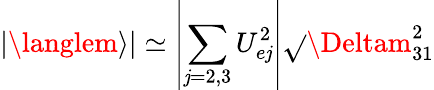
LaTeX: |\langlem\rangle|\simeq\left|\sum_{\mathit{j}=2,3}U_{e\mathit{j}}^{2}\right|\sqrt{}{{\Deltam_{31}^{2}}}